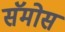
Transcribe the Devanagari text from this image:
सॅमोस